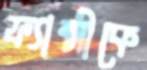
ফ্যান্সীকে